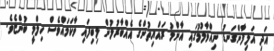
އަދި އަލިފާންގަނޑު ނިއްވާލުމުގައި އާންމު ރައްޔިތުންގެ އެއްބާރުލުން ލިބިފައި ވާކަމައްވެސް ހިލްމީ ބުންޏެވެ.